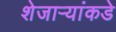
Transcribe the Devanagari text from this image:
शेजाऱ्यांकडे